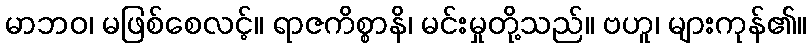
မာဘဝ၊ မဖြစ်စေလင့်။ ရာဇကိစ္စာနိ၊ မင်းမှုတို့သည်။ ဗဟူ၊ များကုန်၏။